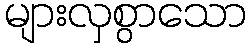
များလှစွာသော